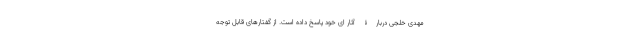
مهدی خلجی دربارۀ آثار ‌ای خود پاسخ داده است. از گفتارهای قابل توجه